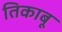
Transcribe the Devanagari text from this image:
तिकाबू